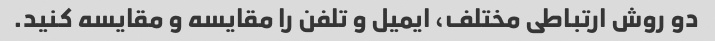
دو روش ارتباطی مختلف، ایمیل و تلفن را مقایسه و مقایسه کنید.